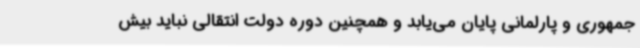
جمهوری و پارلمانی پایان می‌یابد و همچنین دوره دولت انتقالی نباید بیش